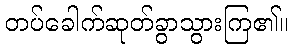
တပ်ခေါက်ဆုတ်ခွာသွားကြ၏။